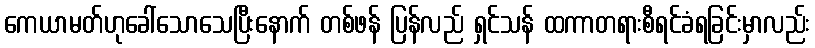
ကေယာမတ်ဟုခေါ်သောသေပြီးနောက် တစ်ဖန် ပြန်လည် ရှင်သန် ထကာတရားစီရင်ခံရခြင်းမှာလည်း